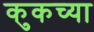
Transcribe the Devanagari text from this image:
कुकच्या